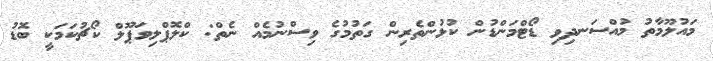
މައުލޫމާތު މުއްސަނދިވި ޑޯޓްމަންޑުން ކުޅުންތެރިން ގަތުމުގެ ވިސްނުމެއް ނެތް: ކްލޮޕްލިވަޕޫލް ކޯޗުކަމަކީ ބޮޑު